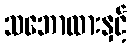
သဘောထားနှင့်